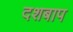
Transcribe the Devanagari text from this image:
दशबाप